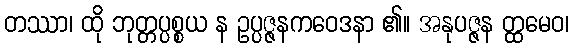
တဿာ၊ ထို ဘုတ္တပ္ပစ္စယ န ဥပ္ပဇ္ဇနကဝေဒနာ ၏။ အနုပဇ္ဇန တ္ထမေဝ၊